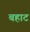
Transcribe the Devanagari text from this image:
बहाट